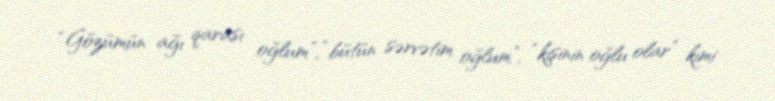
“Gözümün ağı qarası oğlum”, “bütün sərvətim oğlum”, “kişinin oğlu olar” kimi